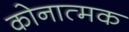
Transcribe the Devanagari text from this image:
कोनात्मक